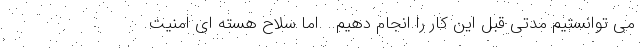
می توانستیم مدتی قبل این كار را انجام دهیم.. .اما سلاح هسته ای امنیت